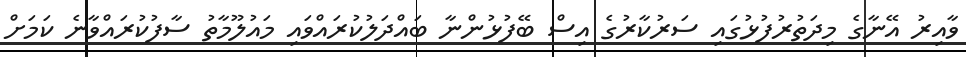
ވާއިރު އޭނާގެ މިދަތުރުފުޅުގައި ސަރުކާރުގެ އިސް ބޭފުޅުންނާ ބައްދަލުކުރައްވައި މައުލޫމާތު ސާފުކުރައްވާނެ ކަމަށް